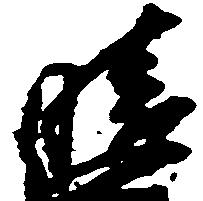
晴